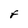
Character: F